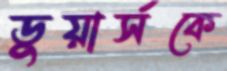
ডুয়ার্সকে